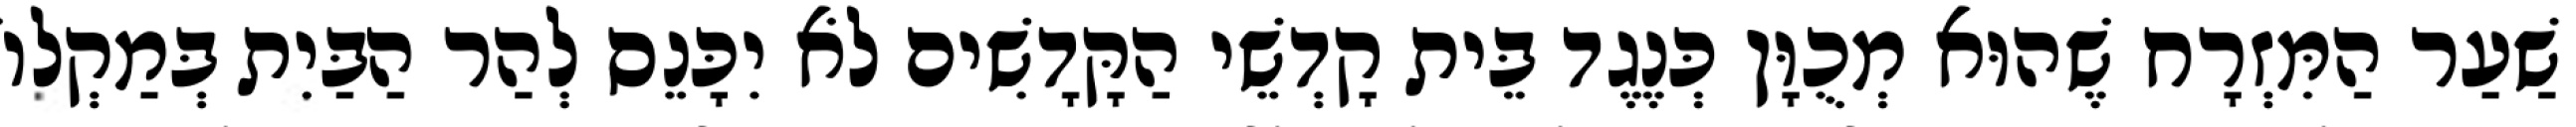
שַׁעַר הַמִּזְרָח שֶׁהוּא מְכֻוָּן כְּנֶגֶד בֵּית קָדְשֵׁי הַקָּדָשִׁים לֹא יִכָּנֵס לְהַר הַבַּיִת בְּמַקְלוֹ